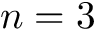
n = 3